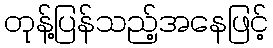
တုန့်ပြန်သည့်အနေဖြင့်